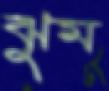
ঝুম